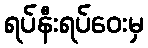
ရပ်နီးရပ်ဝေးမှ